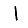
Digit: 1